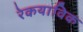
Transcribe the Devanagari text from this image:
रेकयाविक